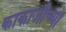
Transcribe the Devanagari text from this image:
काकाजीच्या